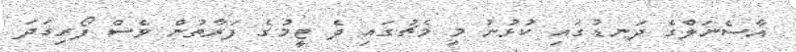
އާސެނަލްގެ ދަނޑުގައި ކުޅުނު މި މެޗުގައި ދެ ޓީމުގެ ފަރާތުން ވެސް ފޯރިގަދަ